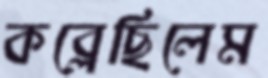
কব্‌লেছিলেম